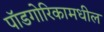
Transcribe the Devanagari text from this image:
पॉडगोरिकामधील